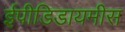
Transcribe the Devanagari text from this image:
ईपीडिडायमीस